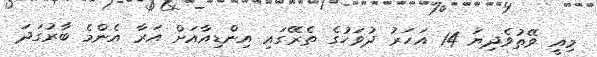
މިއީ ވޭތުވެދިޔަ 14 އަހަރު ދުވަހުގެ ތެރޭގައި އިންޑިއާއަށް އަރާ އެންމެ ބާރުގަދަ